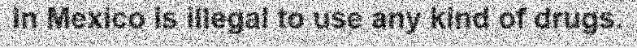
In Mexico is illegal to use any kind of drugs.